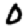
Digit: 0